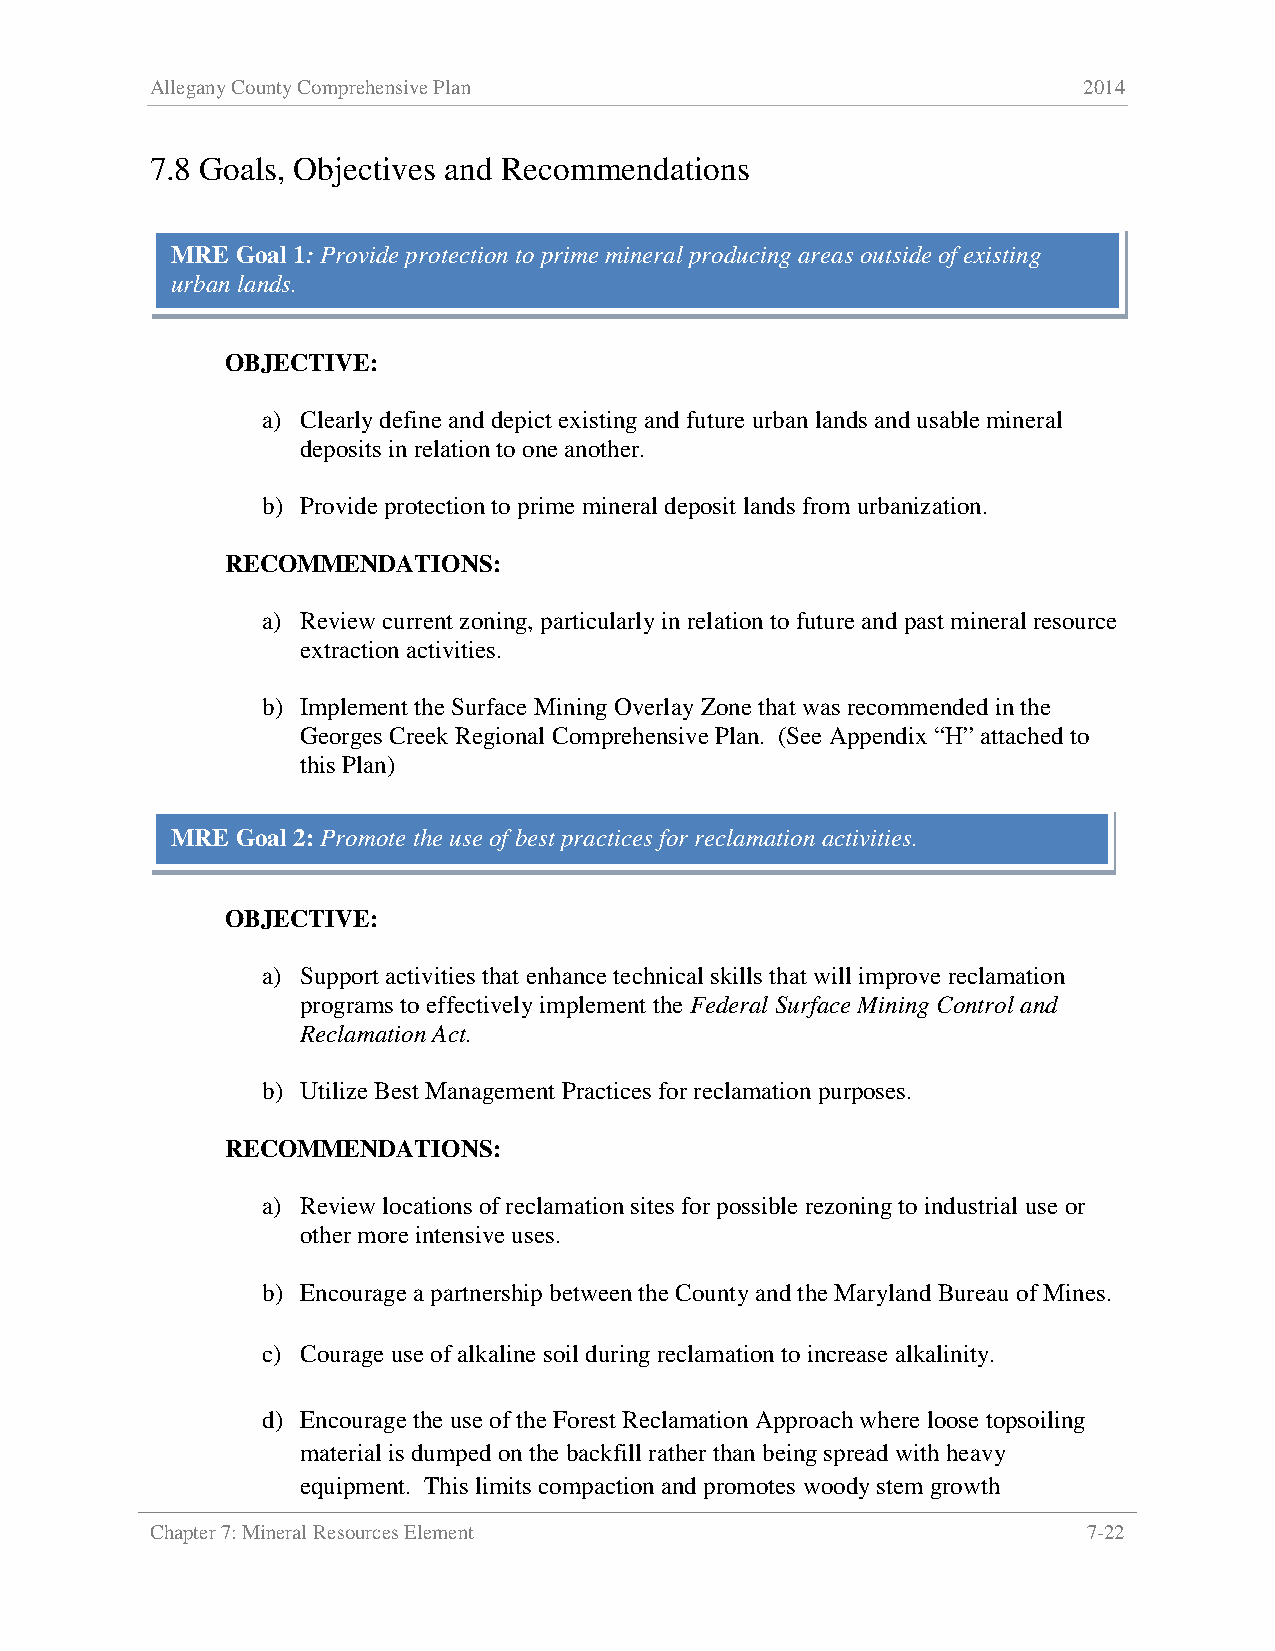
Allegany County Comprehensive Plan                            2014
 7.8 Goals, Objectives and Recommendations
 MRE  Goal 1: Provide protection to prime mineral producing areas outside of existing
 urban lands.
 OBJECTIVE:
 a) Clearly define and depict existing and future urban lands and usable mineral
 deposits in relation to one another.
 b) Provide protection to prime mineral deposit lands from urbanization.
 RECOMMENDATIONS:
 a) Review current zoning, particularly in relation to future and past mineral resource
 extraction activities.
 b) Implement the Surface Mining Overlay Zone that was recommended in the
 Georges Creek Regional Comprehensive Plan. (See Appendix “H” attached to
 this Plan)
 MRE  Goal 2: Promote the use of best practices for reclamation activities.
 OBJECTIVE:
 a) Support activities that enhance technical skills that will improve reclamation
 programs to effectively implement the Federal Surface Mining Control and
 Reclamation Act.
 b) Utilize Best Management Practices for reclamation purposes.
 RECOMMENDATIONS:
 a) Review locations of reclamation sites for possible rezoning to industrial use or
 other more intensive uses.
 b) Encourage a partnership between the County and the Maryland Bureau of Mines.
 c) Courage use of alkaline soil during reclamation to increase alkalinity.
 d) Encourage the use of the Forest Reclamation Approach where loose topsoiling
 material is dumped on the backfill rather than being spread with heavy
 equipment. This limits compaction and promotes woody stem growth
 Chapter 7: Mineral Resources Element                          7-22